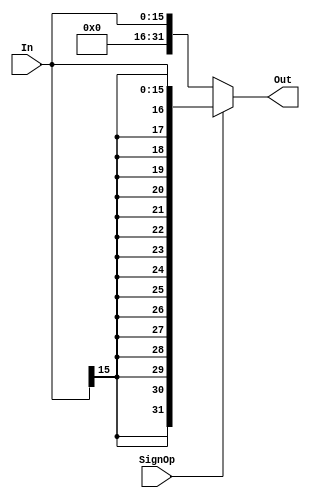
`timescale 1ns / 1ps
//////////////////////////////////////////////////////////////////////////////////
// Company: 
// Engineer: 
// 
// Design Name: 
// Module Name:    ext 
// Project Name: 
// Target Devices: 
// Tool versions: 
// Description: 
//
// Dependencies: 
//
// Revision: 
// Revision 0.01 - File Created
// Additional Comments: 
//
//////////////////////////////////////////////////////////////////////////////////
module ext(
	 input [15:0] In,
    input SignOp,
    output [31:0] Out
    );
	 
	 assign Out = (SignOp==1'b0) ? {{16{1'b0}},In}:{{16{In[15]}},In};
	 

endmodule